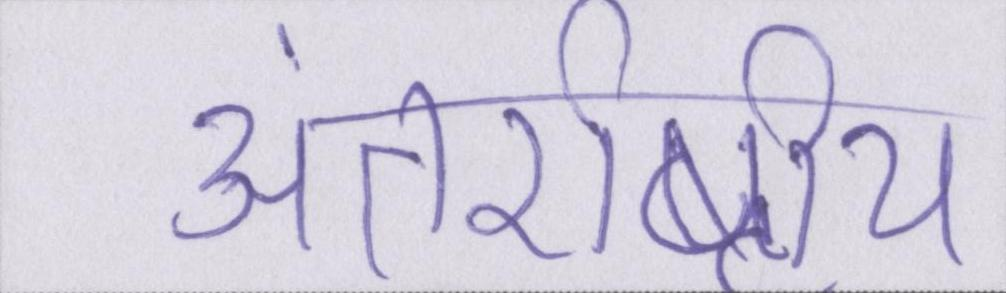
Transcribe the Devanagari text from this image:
अंतर्राष्ट्रीय